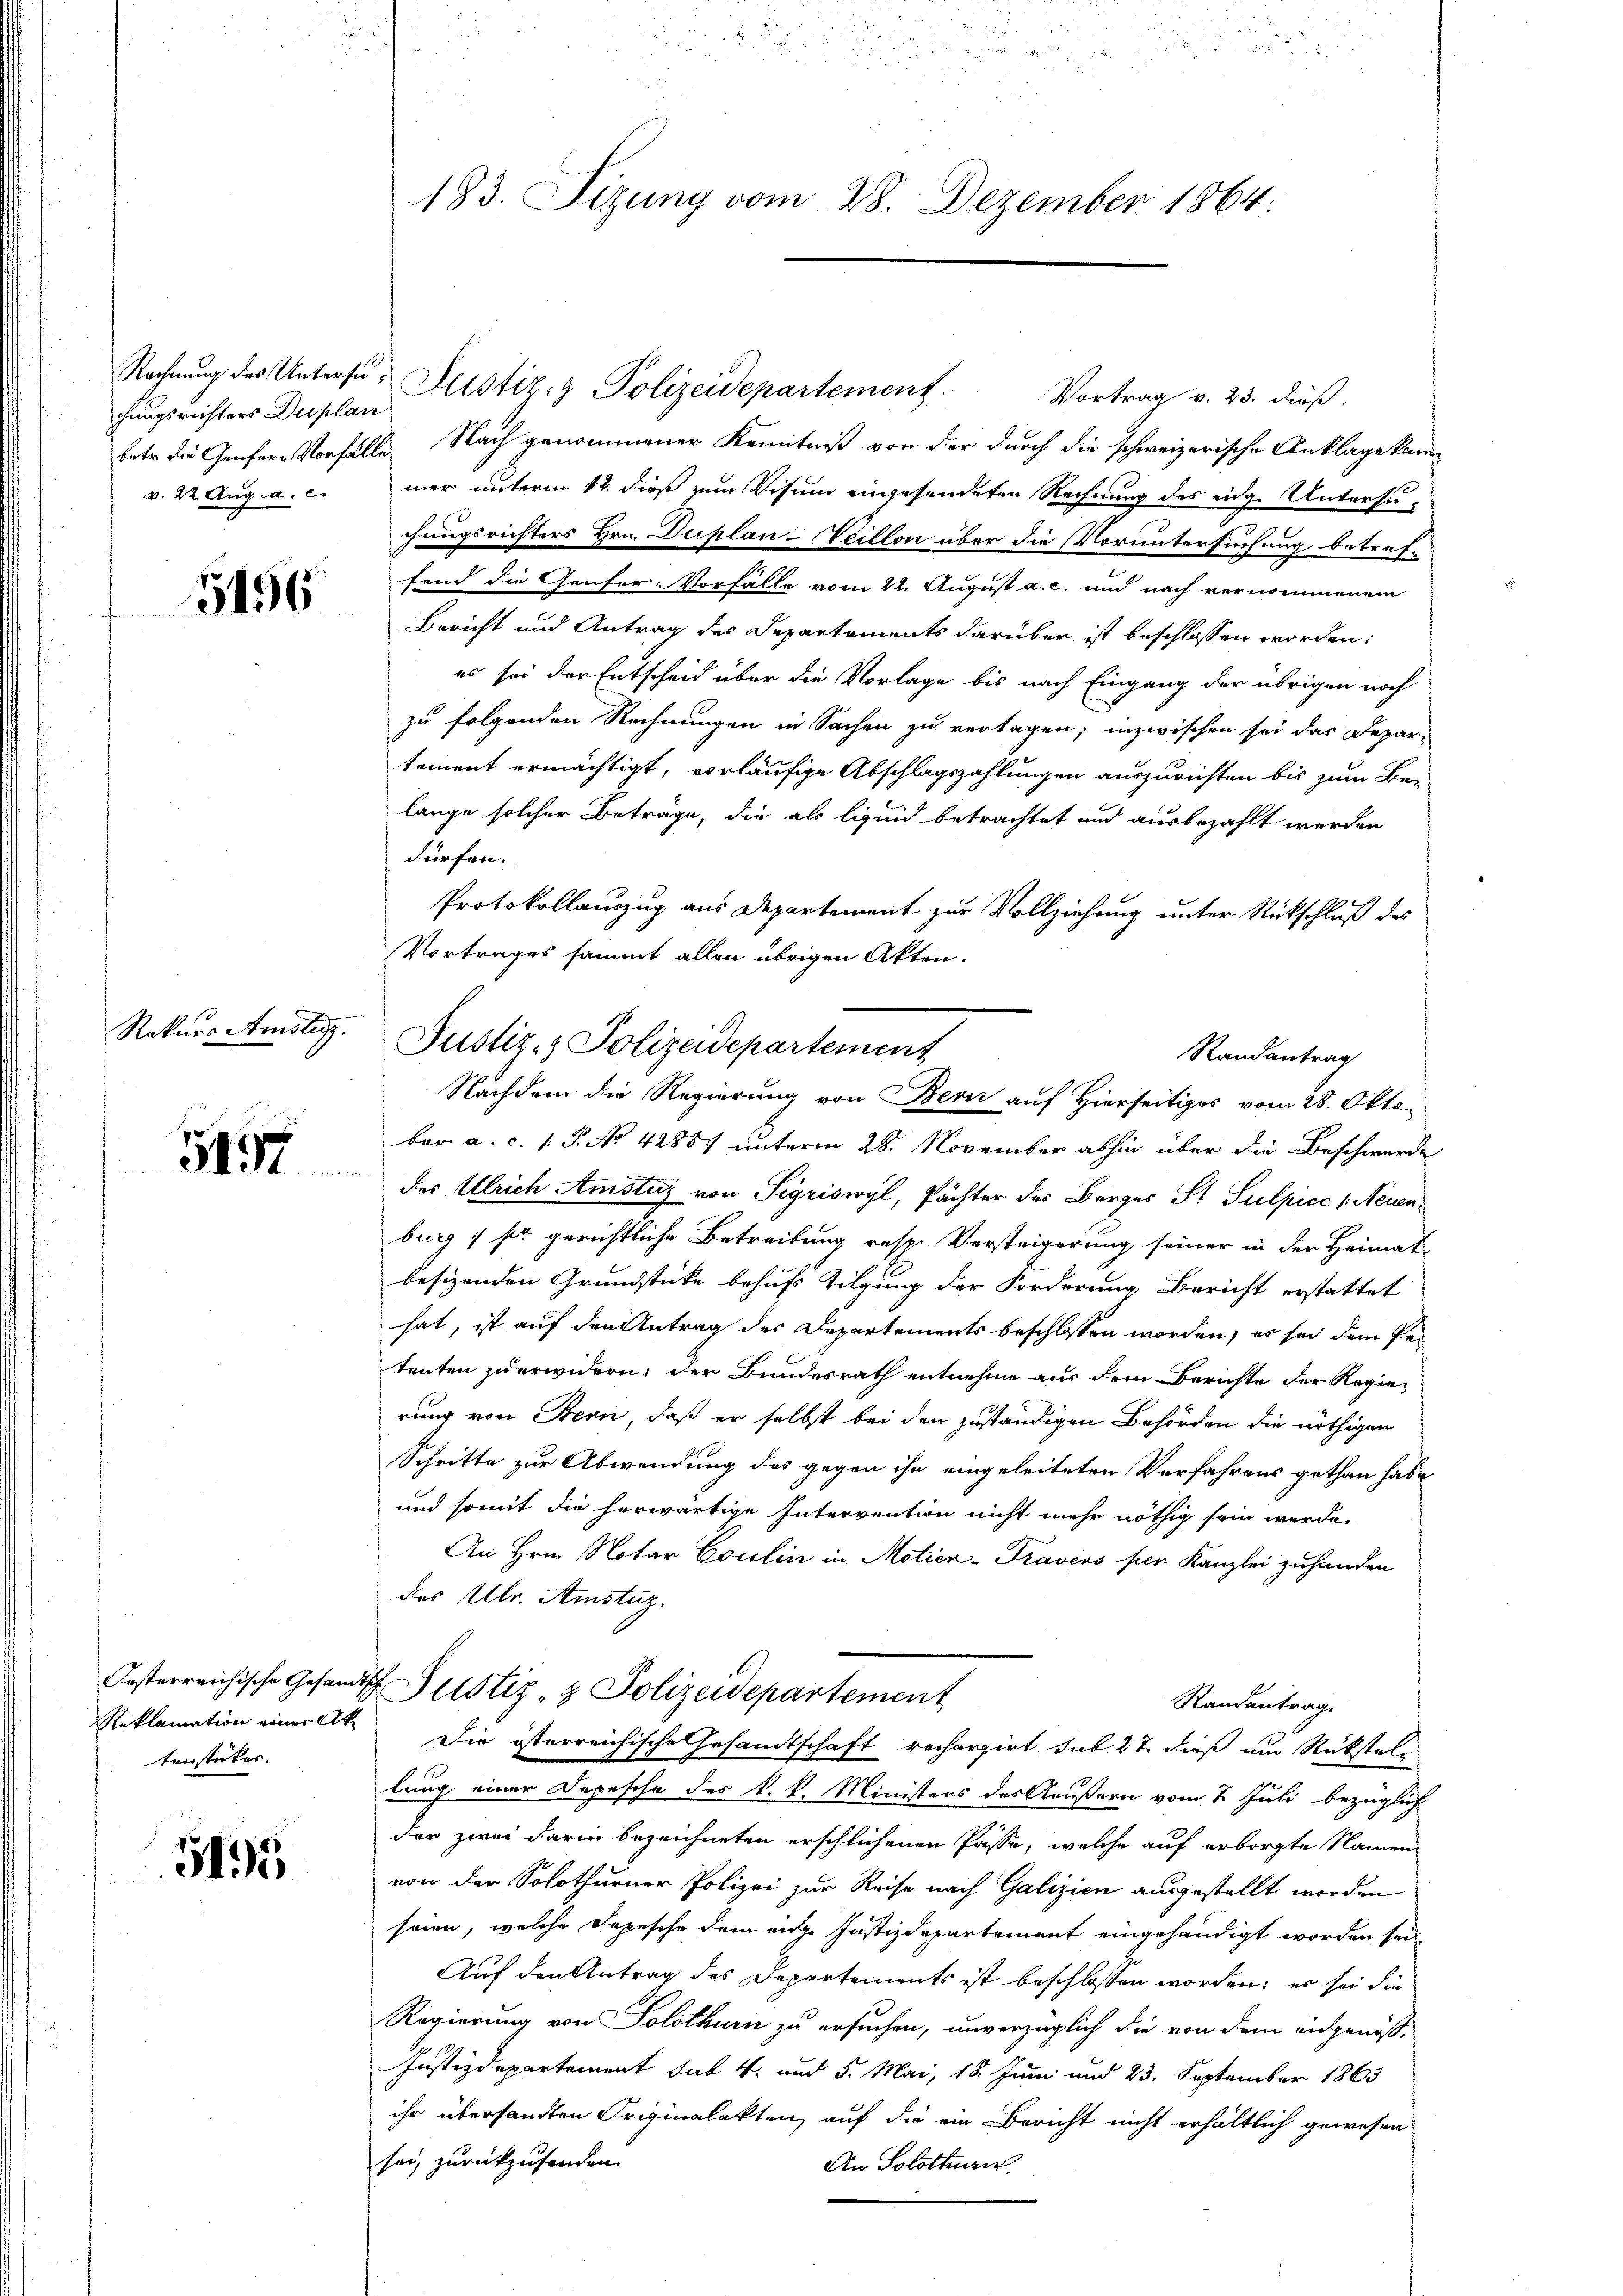
Rechnung des Untersuchungsrichters Duplan
v. 22. Aug. a. c.

5196

Rekurs Amstag.

5197

Ersterreichische Gesandt
Reklamation einer Aktenstücker.

5195

183. Sizung vom 28. Dezember 1864.

Vortrag v. 23. dieß.
betr. die Genfere Vorfälle Nach genommener Kenntniß von der durch die schweizerische Anklage kann
mer unterm 12. dieß zum Visum eingesendeten Rechnung des eidge Untersuchungsrichters Hrn. Duplan-eillon über die Voruntersuchung betref-
fond die Genfer-Vorfalle vom 22. August a. c. und nach vernommenem
Bericht und Antrag des Departements darüber ist beschlossen worden:
es sei der Entscheid über die Vorlage bis nach Eingang der übrigen noch
zu folgenden Rechnungen in Sachen zu vertagen; inzwischen sei das Depar-
tement ermächtigt, vorläufige Abschlagszahlungen auszurichten bis zum Be-
lange solcher Beträge, die als liquid betrachtet und ausbezahlt werden
dürfen.
Protokollauszug aus Departement zur Vollziehung unter Rückschluß des
Vortrages sammt allen übrigen Akten.
ber a. c. 1 P. No 42857 unterm 28. November abhin über die Beschwerde
des Ulrich Amstuz von Sigriswyl, Pächter des Berges St. Sulpice (Neuenburg , so gerichtliche Betreibung resp. Versteigerung seiner in der Heimat
besizenden Grundstücke behufs Tilgung der Forderung Bericht erstattet
hat, ist auf den Antrag des Departements beschlossen worden, es sei dem Petenten zu erwidern; der Bundesrath entnehme aus dem Berichte der Regierung von Bern, daß er selbst bei den zuständigen Behörden die nöthigen
Schritte zur Abwendung des gegen ihn eingeleiteten Verfahrens gethan habe
und somit die herwärtige Intervention nicht mehr nöthig sein werde.
An Hrn. Notar Coulin in Motien-Pravens per Kanzlei zuhanden
des Ultr. Amstag.
d Justiz- & Polizeidepartement
Randantrag.
Die österreichische Gesandtschaft rechargirt. sub 27 dieß um Rückstellung einer Depesche des k. k. Ministers des Aeußern vom 2. Juli bezüglich
der zwei darin bezeichneten erschlichenen Pässe, welche auf erborgte Namen
von der Solothurner Polizei zur Reise nach Galizien ausgestellt worden
seien, welche Depesche dem eige Justizdepartement eingehändigt worden sei,
Auf den Antrag des Departements ist beschlossen worden; es sei die
Regierung von Solothurn zu ersuchen, unverzüglich die von dem eidgenöss-
Justizdepartement sub 4. und 5. Mai, 18. Juni und 23. September 1863
ihr übersandten Originalakten, auf die ein Bericht nicht erhältlich gewesen
sei, zurückzusenden.
An Solothurn

Justiz- & Polizeidepartement

Justiz- & Polizeidepartement
Randantrag
Nachdem die Regierung von Bern auf Hierseitiges vom 28. Okto¬